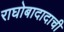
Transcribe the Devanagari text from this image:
राघोबादादाची